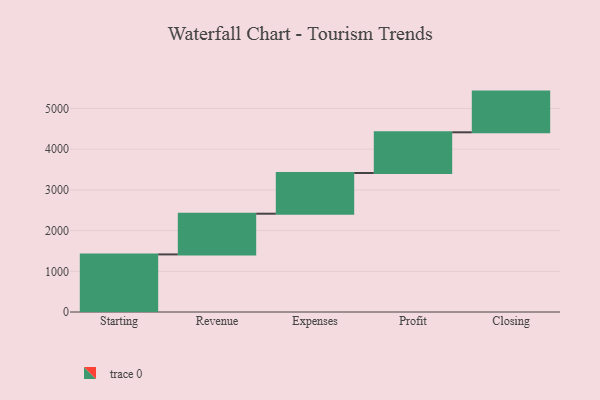
{"axis": {"x": "Step", "y": "Value"}, "legend": [""], "data": [{"x": "Starting", "y": 1415.0, "type": ""}, {"x": "Revenue", "y": 1000, "type": ""}, {"x": "Expenses", "y": 1000, "type": ""}, {"x": "Profit", "y": 1000, "type": ""}, {"x": "Closing", "y": 1000, "type": ""}]}